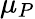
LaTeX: \mu_{P}